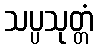
သပ္ပသုတ္တံ